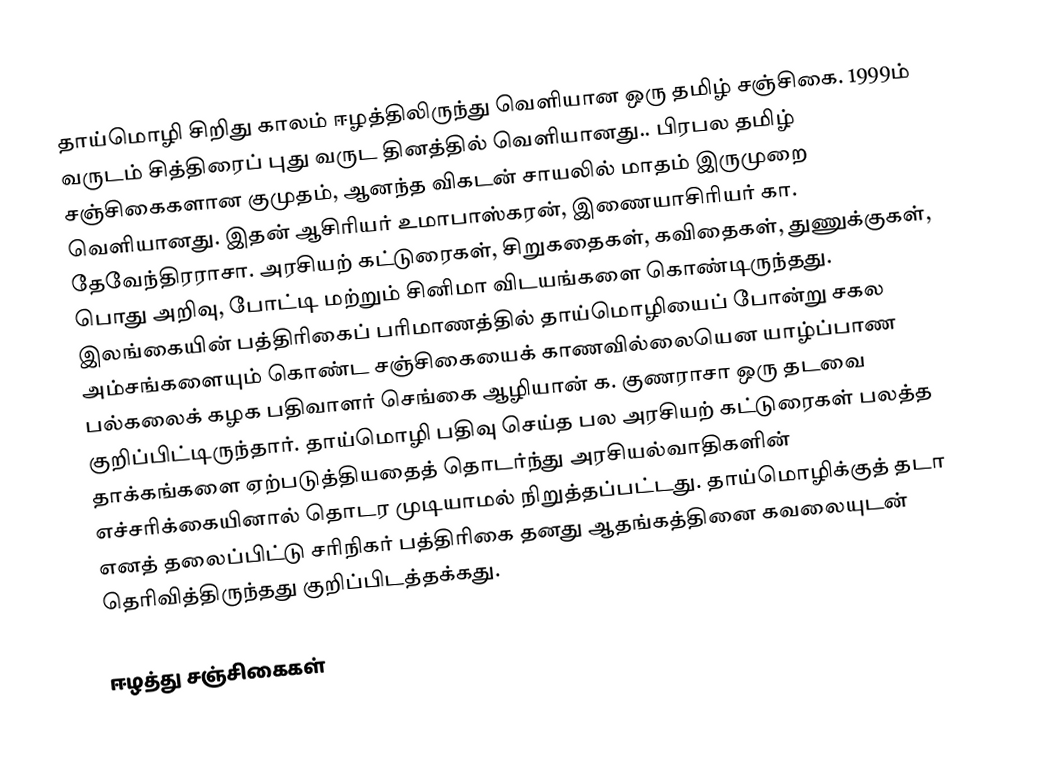
தாய்மொழி சிறிது காலம் ஈழத்திலிருந்து வெளியான ஒரு தமிழ் சஞ்சிகை. 1999ம் வருடம் சித்திரைப் புது வருட தினத்தில் வெளியானது.. பிரபல தமிழ் சஞ்சிகைகளான குமுதம், ஆனந்த விகடன் சாயலில் மாதம் இருமுறை வெளியானது. இதன் ஆசிரியர் உமாபாஸ்கரன், இணையாசிரியர் கா. தேவேந்திரராசா. அரசியற் கட்டுரைகள், சிறுகதைகள், கவிதைகள், துணுக்குகள், பொது அறிவு, போட்டி மற்றும் சினிமா விடயங்களை கொண்டிருந்தது.  இலங்கையின் பத்திரிகைப் பரிமாணத்தில் தாய்மொழியைப் போன்று சகல அம்சங்களையும் கொண்ட சஞ்சிகையைக் காணவில்லையென யாழ்ப்பாண பல்கலைக் கழக பதிவாளர் செங்கை ஆழியான் க. குணராசா ஒரு தடவை குறிப்பிட்டிருந்தார். தாய்மொழி பதிவு செய்த பல அரசியற் கட்டுரைகள் பலத்த தாக்கங்களை ஏற்படுத்தியதைத் தொடர்ந்து அரசியல்வாதிகளின் எச்சரிக்கையினால் தொடர முடியாமல் நிறுத்தப்பட்டது. தாய்மொழிக்குத் தடா எனத் தலைப்பிட்டு சரிநிகர் பத்திரிகை தனது ஆதங்கத்தினை கவலையுடன் தெரிவித்திருந்தது குறிப்பிடத்தக்கது.

ஈழத்து சஞ்சிகைகள்